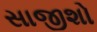
સાજીશો